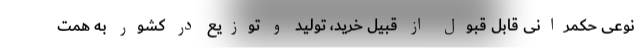
نوعی حکمرانی قابل قبول از قبیل خرید، تولید و توزیع در کشور به همت